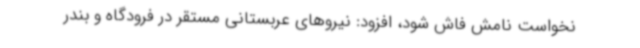
نخواست نامش فاش شود، افزود: نیروهای عربستانی مستقر در فرودگاه و بندر